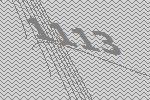
1113